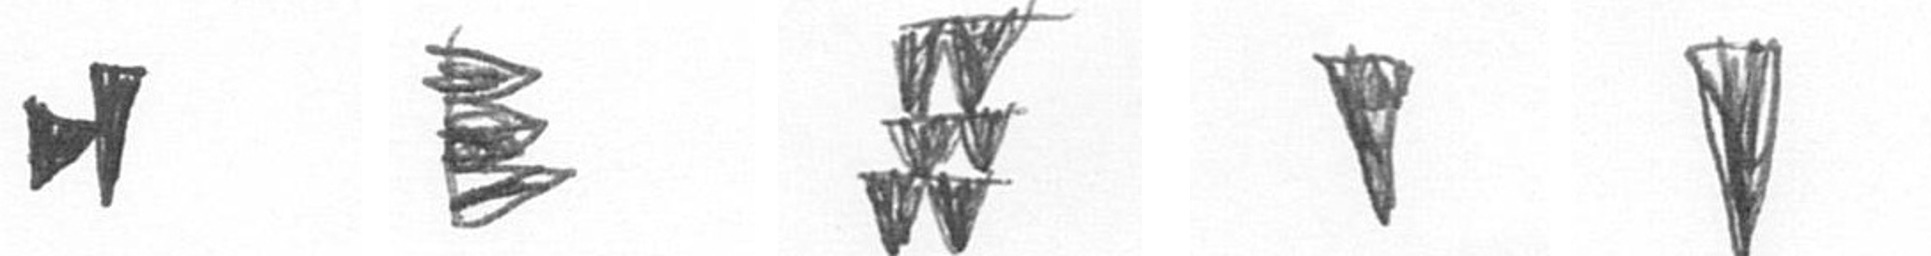
M H Y J J